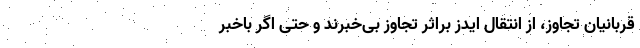
قربانیان تجاوز، از انتقال ایدز براثر تجاوز بی‌خبرند و حتی اگر باخبر